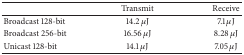
<table><thead><tr><td><b> </b></td><td><b> Transmit </b></td><td><b> Receive </b></td></tr></thead><tbody><tr><td> Broadcast 128-bit </td><td> 14.2 μJ</td><td> 7.1 μJ</td></tr><tr><td> Broadcast 256-bit </td><td> 16.56 μJ</td><td> 8.28 μJ</td></tr><tr><td> Unicast 128-bit </td><td> 14.1 μJ</td><td> 7.05 μJ</td></tr></tbody></table>